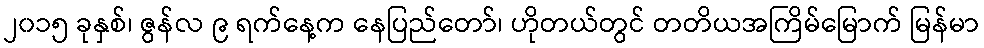
၂၀၁၅ ခုနှစ်၊ ဇွန်လ ၉ ရက်နေ့က နေပြည်တော်၊ ဟိုတယ်တွင် တတိယအကြိမ်မြောက် မြန်မာ